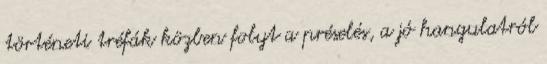
történeti tréfák közben folyt a préselés, a jó hangulatról